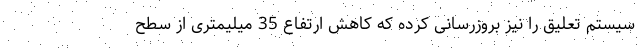
سیستم تعلیق را نیز بروزرسانی کرده که کاهش ارتفاع 35 میلیمتری از سطح